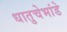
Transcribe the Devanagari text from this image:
धातुचेभांडे